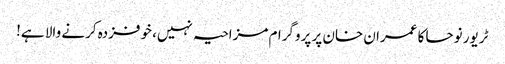
ٹریور نوحا کا عمران خان پر پروگرام مزاحیہ نہیں، خوفزدہ کرنے والا ہے!